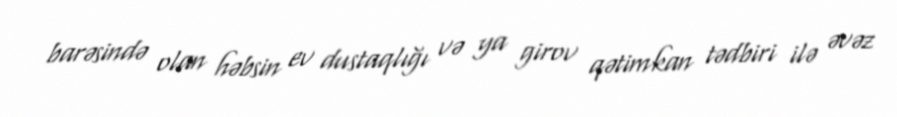
barəsində olan həbsin ev dustaqlığı və ya girov qətimkan tədbiri ilə əvəz